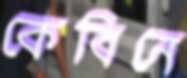
কেবিনে